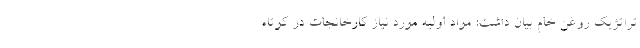
تراتژیک روغن خام بیان داشت: مواد اولیه مورد نیاز کارخانجات در کوتاه